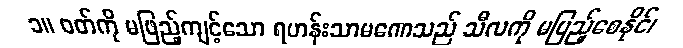
၁။ ဝတ်ကို မဖြည့်ကျင့်သော ရဟန်းသာမဏေသည် သီလကို မပြည့်စေနိုင်၊